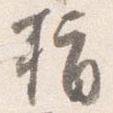
指